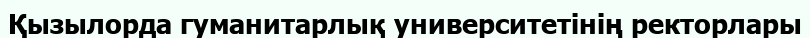
Қызылорда гуманитарлық университетінің ректорлары